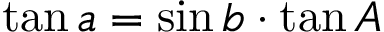
\tan a = \sin b \cdot \tan A